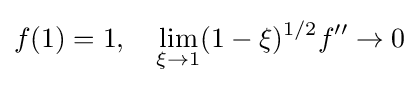
f(1)=1,\quad \lim _{\xi \rightarrow 1}(1-\xi )^{1/2}f''\rightarrow 0